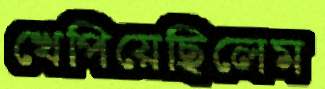
খেপিয়েছিলেম